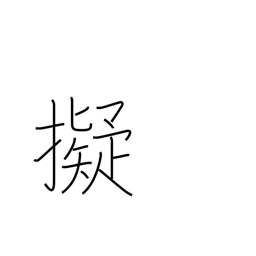
Meaning: aim (a gun) at